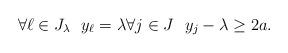
LaTeX: \begin{align*}\forall \ell\in J_\lambda\ \ y_\ell =\lambda \forall j\in J\ \ y_j-\lambda \geq 2a.\end{align*}